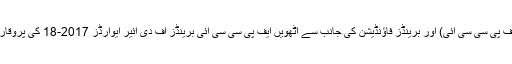
12 مئی2018ء) فیڈریشن آف چیمبرز آف کامرس اینڈ انڈسٹری (ایف پی سی سی آئی) اور برینڈز فاؤنڈیشن کی جانب سے آٹھویں ایف پی سی سی آئی برینڈز آف دی ائیر ایوارڈز 2017-18 کی پروقار تقریب ہفتے کو کراچی میں مقامی کنونشن مارکی میں منعقد ہوئی۔